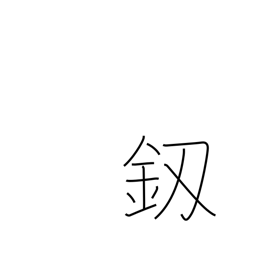
Meaning: dagger